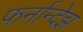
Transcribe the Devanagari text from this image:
फर्नान्देझ